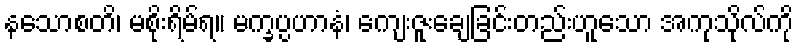
နသောစတိ၊ မစိုးရိမ်ရ။ မက္ခပ္ပဟာနံ၊ ကျေးဇူးချေခြင်းတည်းဟူသော အကုသိုလ်ကို